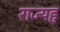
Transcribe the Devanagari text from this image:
राज्यह